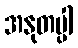
အနုတပ္ပါ